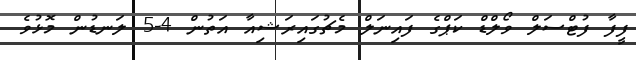
ފީފާ ފުޓްސަލް ވޯލްޑް ކަޕްގެ ފައިނަލް މެޗުގައިރަޝިއާ އަތުން 4-5 ލަނޑުން މޮޅުވެ